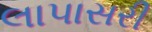
લાપાસરી